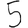
Digit: 5